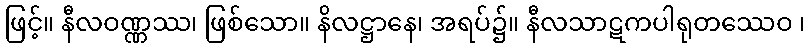
ဖြင့်။ နီလဝဏ္ဏဿ၊ ဖြစ်သော။ နိလဋ္ဌာနေ၊ အရပ်၌။ နီလသာဋကပါရုတဿေဝ ၊